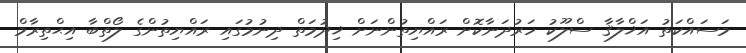
މަސައްކަތު އަޚްލާޤާ ސްލޫކު ހަރުދަނާކޮށް ރައްޔިތުންނަށް ޚިދުމަތް ދިނުމުގައި ރައްޔިތުންގެ ލޯތްބާ އިޙްތިރާމް